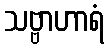
သဗ္ဗာဟာရံ